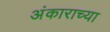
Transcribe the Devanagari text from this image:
अंकाराच्या